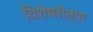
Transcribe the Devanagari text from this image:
विशेषरीत्या